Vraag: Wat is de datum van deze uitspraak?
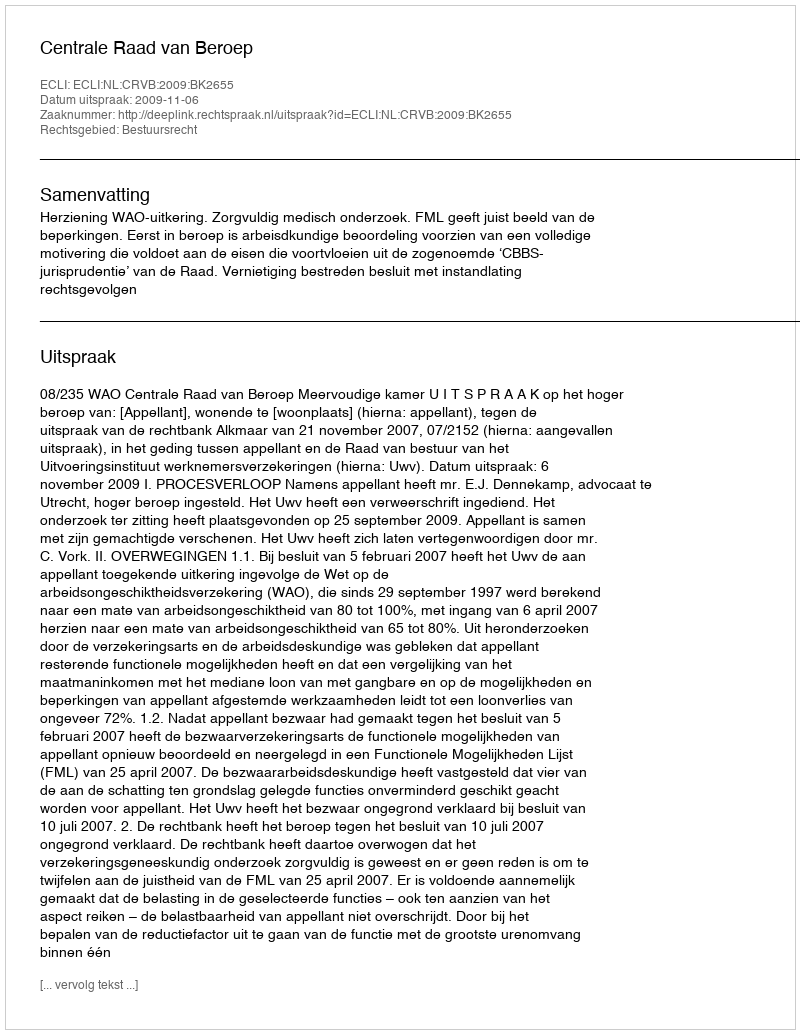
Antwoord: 2009-11-06